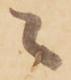
々